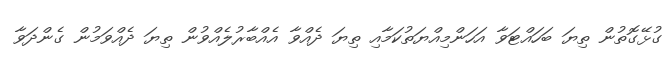
ގުޅޭގޮތުން ތިޔަ ބަހައްޓަވާ އަހަންމިއްޔަތުކަމާއި ތިޔަ ދެއްވާ އެއްބާރުލެއްވުން ތިޔަ ދެއްވަމުން ގެންދަވާ